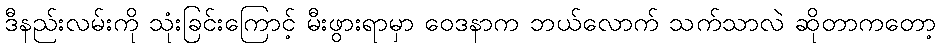
ဒီနည်းလမ်းကို သုံးခြင်းကြောင့် မီးဖွားရာမှာ ဝေဒနာက ဘယ်လောက် သက်သာလဲ ဆိုတာကတော့